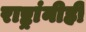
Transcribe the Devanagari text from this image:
राष्ट्रांनीही